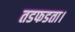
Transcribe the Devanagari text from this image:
तडफडता।